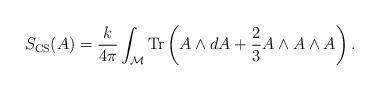
LaTeX: \begin{align*}S_{\rm CS}(A) = {k\over 4\pi} \int_{\cal M}{\rm Tr}\left( A\wedge dA + {2\over 3} A\wedge A\wedge A\right).\end{align*}